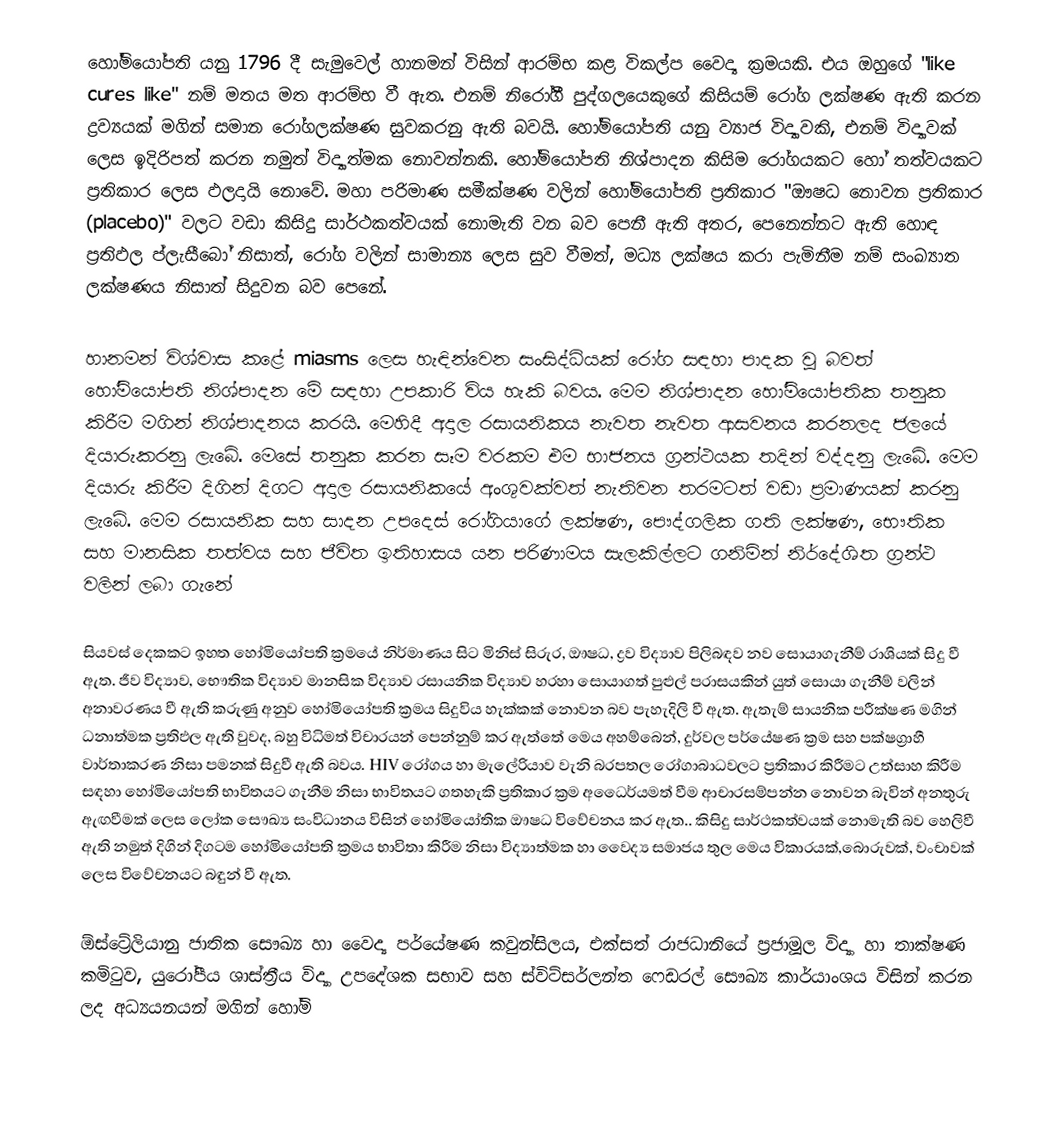
හෝමියෝපති යනු 1796 දී සැමුවෙල් හානමන් විසින් ආරම්භ කළ විකල්ප වෛද්‍ය ක්‍රමයකි. එය ඔහුගේ "like cures like" නම් මතය මත ආරම්භ වී ඇත. එනම් නිරෝගී පුද්ගලයෙකුගේ කිසියම් රෝග ලක්ෂණ ඇති කරන ද්‍රව්‍යයක් මගින් සමාන රෝගලක්ෂණ සුවකරනු ඇති බවයි. හෝමියෝපති යනු ව්‍යාජ විද්‍යාවකි, එනම් විද්‍යාවක් ලෙස ඉදිරිපත් කරන නමුත් විද්‍යාත්මක නොවන්නකි. හෝමියෝපති නිශ්පාදන කිසිම රෝගයකට හෝ තත්වයකට ප්‍රතිකාර ලෙස ඵලදායි නොවේ. මහා පරිමාණ සමීක්ෂණ වලින් හෝමියෝපති ප්‍රතිකාර "ඖෂධ නොවන ප්‍රතිකාර (placebo)" වලට වඩා කිසිදු සාර්ථකත්වයක් නොමැති වන බව පෙනී ඇති අතර, පෙනෙන්නට ඇති හොඳ ප්‍රතිඵල ප්ලැසීබෝ නිසාත්, රෝග වලින් සාමාන්‍ය ලෙස සුව වීමත්, මධ්‍ය ලක්ෂය කරා පැමිනීම නම් සංඛ්‍යාත ලක්ෂණය නිසාත් සිදුවන බව පෙනේ.

හානමන් විශ්වාස කළේ miasms ලෙස හැඳින්වෙන සංසිද්ධියක් රෝග සඳහා පාදක වූ බවත් හෝමියෝපති නිශ්පාදන මේ සඳහා උපකාරි විය හැකි බවය. මෙම නිශ්පාදන හෝමියෝපතික තනුක කිරීම මගින් නිශ්පාදනය කරයි. මෙහිදී අදාල රසායනිකය නැවත නැවත ආසවනය කරනලද ජලයේ දියාරුකරනු ලැබේ. මෙසේ තනුක කරන සෑම වරකම එම භාජනය ග්‍රන්ථයක තදින් වද්දනු ලැබේ. මෙම දියාරු කිරීම දිගින් දිගට අදාල රසායනිකයේ අංශුවක්වත් නැතිවන තරමටත් වඩා ප්‍රමාණයක් කරනු ලැබේ. මෙම රසායනික සහ සාදන උපදෙස් රෝගියාගේ ලක්ෂණ, පෞද්ගලික ගති ලක්ෂණ, භෞතික සහ මානසික තත්වය සහ ජීවිත ඉතිහාසය යන පරිණාමය සැලකිල්ලට ගනිමින් නිර්දේශිත ග්‍රන්ථ වලින් ලබා ගැනේ

සියවස් දෙකකට ඉහත හෝමියෝපති ක්‍රමයේ නිර්මාණය සිට මිනිස් සිරුර, ඖෂධ, ද්‍රව විද්‍යාව පිලිබඳව නව සොයාගැනීම් රාශියක් සිදු වී ඇත. ජීව විද්‍යාව, භෞතික විද්‍යාව මානසික විද්‍යාව රසායනික විද්‍යාව හරහා සොයාගත් පුළුල් පරාසයකින් යුත් සොයා ගැනීම් වලින් අනාවරණය වී ඇති කරුණු අනුව හෝමියෝපති ක්‍රමය සිදුවිය හැක්කක් නොවන බව පැහැදිලි වී ඇත. ඇතැම් සායනික පරීක්ෂණ මගින් ධනාත්මක ප්‍රතිඵල ඇති වුවද, බහු විධිමත් විචාරයන් පෙන්නුම් කර ඇත්තේ මෙය අහම්බෙන්, දුර්වල පර්යේෂණ ක්‍රම සහ පක්ෂග්‍රාහී වාර්තාකරණ නිසා පමනක් සිදුවී ඇති බවය. HIV රෝගය හා මැලේරියාව වැනි බරපතල රෝගාබාධවලට ප්‍රතිකාර කිරීමට උත්සාහ කිරීම සඳහා හෝමියෝපති භාවිතයට ගැනීම නිසා භාවිතයට ගතහැකි ප්‍රතිකාර ක්‍රම අධෛර්යමත් වීම ආචාරසම්පන්න නොවන බැවින් අනතුරු ඇඟවීමක් ලෙස ලෝක සෞඛ්‍ය සංවිධානය විසින් හෝමියෝතික ඖෂධ විවේචනය කර ඇත.. කිසිදු සාර්ථකත්වයක් නොමැති බව හෙලිවී ඇති නමුත් දිගින් දිගටම හෝමියෝපති ක්‍රමය භාවිතා කිරීම නිසා විද්‍යාත්මක හා වෛද්‍ය සමාජය තුල මෙය විකාරයක්,බොරුවක්, වංචාවක් ලෙස විවේචනයට බඳුන් වී ඇත.

ඕස්ට්‍රේලියානු ජාතික සෞඛ්‍ය හා වෛද්‍ය පර්යේෂණ කවුන්සිලය, එක්සත් රාජධානියේ ප්‍රජාමූල  විද්‍යා හා තාක්ෂණ කමිටුව, යුරෝපීය ශාස්ත්‍රීය විද්‍යා උපදේශක සභාව සහ ස්විට්සර්ලන්ත ෆෙඩරල් සෞඛ්‍ය කාර්යාංශය විසින් කරන ලද අධ්‍යයනයන් මගින් හෝමි